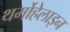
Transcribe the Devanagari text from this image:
थर्मोहेलाइन